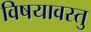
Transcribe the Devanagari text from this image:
विषयावस्तु